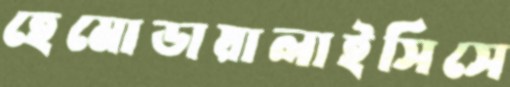
হেমোডায়ালাইসিসে